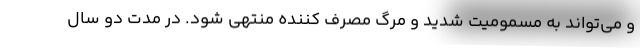
و می‌تواند به مسمومیت شدید و مرگ مصرف کننده منتهی شود. در مدت دو سال